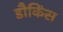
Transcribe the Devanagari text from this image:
डौकिंस